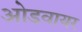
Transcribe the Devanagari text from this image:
ओडवायर